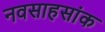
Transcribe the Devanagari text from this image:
नवसाहसांक